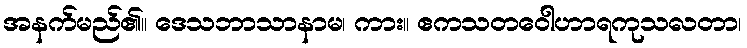
အနက်မည်၏။ ဒေသဘာသာနာမ၊ ကား။ ဧကသတဝေါဟာရကုသလတာ၊